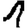
Digit: 1